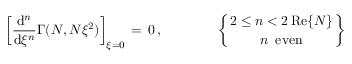
\begin{array} { l } { \displaystyle \left[ \frac { \mathrm { d } ^ { n } } { \mathrm { d } \xi ^ { n } } \Gamma ( N , N \xi ^ { 2 } ) \right] _ { \xi = 0 } \, = \, 0 \, , \qquad \qquad \left\{ { { 2 \le n < 2 \, \mathrm { R e } \{ N \} } \atop { n \, \, \, \mathrm { e v e n } } } \right\} } \end{array}